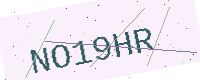
Text: NO19HR